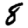
Digit: 8